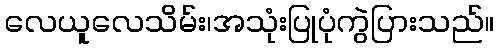
လေယူလေသိမ်း၊အသုံးပြုပုံကွဲပြားသည်။